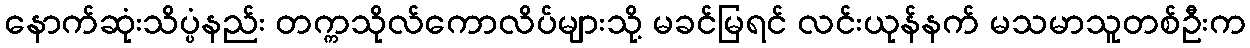
နောက်ဆုံးသိပ္ပံနည်း တက္ကသိုလ်ကောလိပ်များသို့ မခင်မြရင် လင်းယုန်နက် မသမာသူတစ်ဦးက